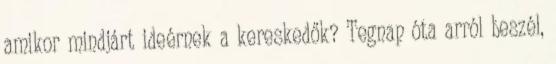
amikor mindjárt ideérnek a kereskedők? Tegnap óta arról beszél,